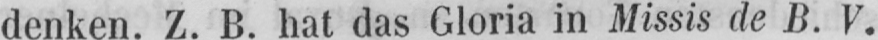
denken. Z. B. hat das Gloria in Missis de B. V.